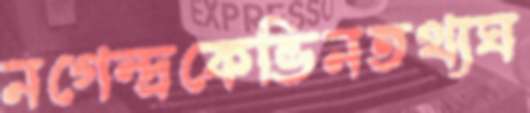
নগেন্দ্রকেভিনতথ্যঘ